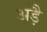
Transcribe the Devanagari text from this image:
अड़ै